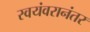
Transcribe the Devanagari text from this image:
स्वयंवरानंतर